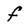
Character: f